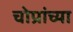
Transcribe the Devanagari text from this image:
चोप्रांच्या